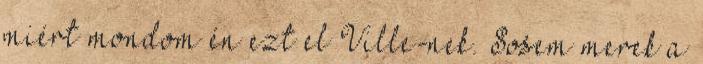
miért mondom én ezt el Ville-nek. Sosem merek a